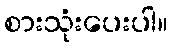
စားသုံးပေးပါ။